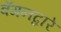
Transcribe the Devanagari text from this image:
वॅगनद्वारे